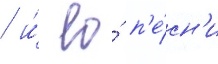
/ и́ ео́ п'е́сн'и